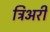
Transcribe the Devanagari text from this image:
त्रिअरी